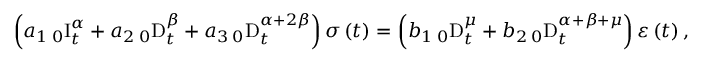
\left( a _ { 1 } \, _ { 0 } \mathrm { I } _ { t } ^ { \alpha } + a _ { 2 } \, _ { 0 } \mathrm { D } _ { t } ^ { \beta } + a _ { 3 } \, _ { 0 } \mathrm { D } _ { t } ^ { \alpha + 2 \beta } \right) \sigma \left( t \right) = \left( b _ { 1 } \, _ { 0 } \mathrm { D } _ { t } ^ { \mu } + b _ { 2 } \, _ { 0 } \mathrm { D } _ { t } ^ { \alpha + \beta + \mu } \right) \varepsilon \left( t \right) ,